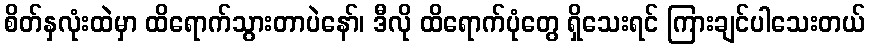
စိတ်နှလုံးထဲမှာ ထိရောက်သွားတာပဲနော်၊ ဒီလို ထိရောက်ပုံတွေ ရှိသေးရင် ကြားချင်ပါသေးတယ်